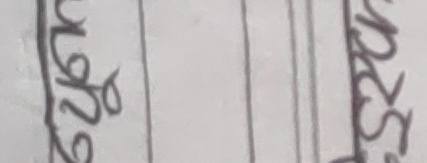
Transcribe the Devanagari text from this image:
मुलुका प्रदेश